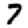
Digit: 7